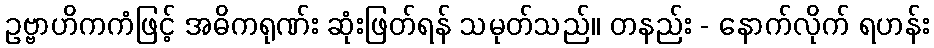
ဥဗ္ဗာဟိကကံဖြင့် အဓိကရုဏ်း ဆုံးဖြတ်ရန် သမုတ်သည်။ တနည်း - နောက်လိုက် ရဟန်း